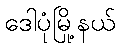
ဒေါပုံမြို့နယ်